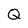
Character: Q